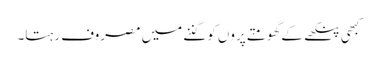
کبھی پنکھے کے گھومتے پروں کو گننے میں مصروف رہتا۔